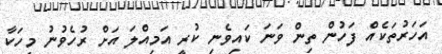
އަހަރުތަކެއް ފަހުން ތިން ވަނަ ކައިވެނި ކުރީ އަމިއްލަ އަށް ރުހެވުނު މީހަކާ